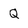
Character: Q